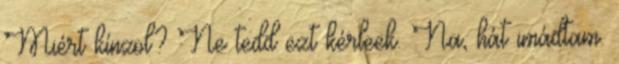
Miért kínzol? Ne tedd ezt kérleek. Na, hát imádtam.